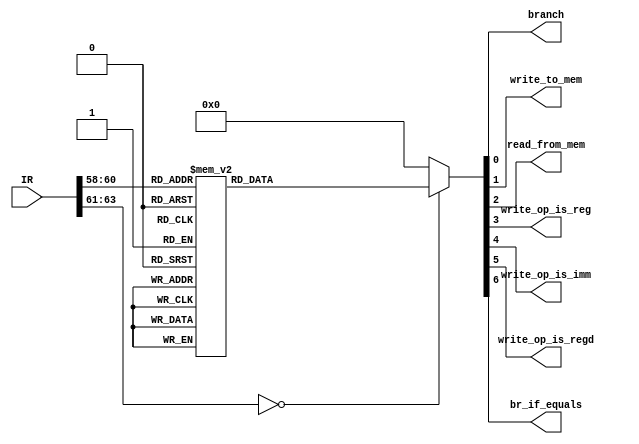
module ALU_decoder_unit ( // ALU Decoder unit. Not entirely complete.
	input wire [63:0] IR,
	output reg branch,
	output reg write_to_mem,
	output reg read_from_mem,
	output reg write_op_is_reg,
	output reg write_op_is_imm,
	output reg write_op_is_regd,
	output reg br_if_equals
);

/*
	Here we go, a overview of the ISA for reference.
	Blank spaces mean irrelavent information for that particular instruction.
	$(#num) = address from #num
	
	Regular   Instruction Format:
	63    58 57     23 22   18 17    12 11     6 5      0
	+-------+---------+-------+--------+--------+--------+
	| ID 6  | Nothing | ALU 5 | REGD 6 | REG1 6 | REG2 6 |
	+-------+---------+-------+--------+--------+--------+
	
	+-------------------------+---------------------+-------------+---------------+---------+---------+---------+
	| Action                  | Assembly            | ID Code (6) | ALU opcode    | "D" Reg | "A" Reg | "B" Reg |
	+-------------------------+---------------------+-------------+---------------+---------+---------+---------+
	| NOP                     | NOP                 |    0x00     |               |         |         |         |
	+-------------------------+---------------------+-------------+---------------+---------+---------+---------+
	| MOV R1 -> R2            | MOV R2, R1          |    0x01     |    0x00       | Ind(R2) | Ind(R1) |         |
	+-------------------------+---------------------+-------------+---------------+---------+---------+---------+
	| MOV R1 -> R2            | MOV R2, R1          |    0x01     |    0x01       | Ind(R2) |         | Ind(R1) |
	+-------------------------+---------------------+-------------+---------------+---------+---------+---------+
	| LD $(R1) -> R2          | LD R2, $(R1)        |    0x02     |    0x00       | Ind(R2) | Ind(R1) |         |
	+-------------------------+---------------------+-------------+---------------+---------+---------+---------+
	| LD $(R1) -> R2          | LD R2, $(R1)        |    0x02     |    0x01       | Ind(R2) |         | Ind(R1) |
	+-------------------------+---------------------+-------------+---------------+---------+---------+---------+
	| STR R1 -> $(R2)         | STR $(R2), R1       |    0x03     |    0x00       | Ind(R2) | Ind(R1) |         |
	+-------------------------+---------------------+-------------+---------------+---------+---------+---------+
	| STR R1 -> $(R2)         | STR $(R2), R1       |    0x03     |    0x01       | Ind(R2) |         | Ind(R1) |
	+-------------------------+---------------------+-------------+---------------+---------+---------+---------+
	| BR $(R1)                | BR $(R1)            |    0x04     |               | Ind(R1) |  0x00   |  0x00   |
	+-------------------------+---------------------+-------------+---------------+---------+---------+---------+
	| BR $(R1) if R2 == R3    | BEQ $(R1), R2, R3   |    0x04     |               | Ind(R1) | Ind(R2) | Ind(R3) |
	+-------------------------+---------------------+-------------+---------------+---------+---------+---------+
	| BR $(R1) if R2 != R3    | BNEQ $(R1), R2, R3  |    0x05     |               | Ind(R1) | Ind(R2) | Ind(R3) |
	+-------------------------+---------------------+-------------+---------------+---------+---------+---------+
	| R1 (func) R2 -> R3      | (func) R3, R1, R2   |    0x06     | CodeFor(func) | Ind(R3) | Ind(R1) | Ind(R2) |
	+-------------------------+---------------------+-------------+---------------+---------+---------+---------+

   Immediate Instruction Format:
   63   58 57   52 51                      4 3     0
   +------+-------+-------------------------+-------+
   | ID 6 | REG 6 |          ADDR           | SHIFT |
   +------+-------+-------------------------+-------+

	The Assembler/Compiler/Human may need to use several immediate/bitshift/logic
	instructions to construct a single Imm. (STR Imm not implemented yet)
	
	+-----------------------------+----------------------+-------------+---------+---------+---------+
	| Action                      | Assembly             | ID Code (6) |   Reg   |   Imm   |  shft   |
	+-----------------------------+----------------------+-------------+---------+---------+---------+
	| LD #(Imm << shft) -> R1     | LD R1, #(RawImm)     |    0x07     | Ind(R1) |   Imm   |  shft   |
	+-----------------------------+----------------------+-------------+---------+---------+---------+
	| STR R1 -> #(Imm << shft)    | STR #(RawImm), R1    |    0x08     | Ind(R1) |   Imm   |  shft   |
	+-----------------------------+----------------------+-------------+---------+---------+---------+
 */

// Start parameter definitions
parameter NOP_CODE  = 6'b000000;
parameter MOV_CODE  = 6'b000001;
parameter LD_CODE   = 6'b000010;
parameter STR_CODE  = 6'b000011;
parameter BEQ_CODE  = 6'b000100;
parameter BNEQ_CODE = 6'b000101;
parameter ALU_CODE  = 6'b000110;
parameter LDI_CODE  = 6'b000111;
parameter STRI_CODE = 6'b001000; // Not implemented
// End parameter definitions

initial begin
	branch           = 1'b0;
	write_to_mem     = 1'b0;
	read_from_mem    = 1'b0;
	write_op_is_reg  = 1'b0;
	write_op_is_imm  = 1'b0;
	write_op_is_regd = 1'b0;
	br_if_equals     = 1'b0;
end

always @(IR[63:58]) begin
	case (IR[63:58])
		NOP_CODE: begin
			branch           <= 1'b0;
			write_to_mem     <= 1'b0;
			read_from_mem    <= 1'b0;
			write_op_is_reg  <= 1'b0;
			write_op_is_imm  <= 1'b0;
			write_op_is_regd <= 1'b0;
			br_if_equals     <= 1'b0;
		end
		MOV_CODE: begin
			branch           <= 1'b0;
			write_to_mem     <= 1'b0;
			read_from_mem    <= 1'b0;
			write_op_is_reg  <= 1'b1;
			write_op_is_imm  <= 1'b0;
			write_op_is_regd <= 1'b0;
			br_if_equals     <= 1'b0;
		end
		LD_CODE: begin
			branch           <= 1'b0;
			write_to_mem     <= 1'b0;
			read_from_mem    <= 1'b1;
			write_op_is_reg  <= 1'b0;
			write_op_is_imm  <= 1'b0;
			write_op_is_regd <= 1'b0;
			br_if_equals     <= 1'b0;
		end
		STR_CODE: begin
			branch           <= 1'b0;
			write_to_mem     <= 1'b1;
			read_from_mem    <= 1'b0;
			write_op_is_reg  <= 1'b1;
			write_op_is_imm  <= 1'b0;
			write_op_is_regd <= 1'b0;
			br_if_equals     <= 1'b0;
		end
		BEQ_CODE: begin
			branch           <= 1'b1;
			write_to_mem     <= 1'b0;
			read_from_mem    <= 1'b0;
			write_op_is_reg  <= 1'b0;
			write_op_is_imm  <= 1'b0;
			write_op_is_regd <= 1'b1;
			br_if_equals     <= 1'b1;
		end
		BNEQ_CODE: begin
			branch           <= 1'b1;
			write_to_mem     <= 1'b0;
			read_from_mem    <= 1'b0;
			write_op_is_reg  <= 1'b0;
			write_op_is_imm  <= 1'b0;
			write_op_is_regd <= 1'b1;
			br_if_equals     <= 1'b0;
		end
		ALU_CODE: begin
			branch           <= 1'b0;
			write_to_mem     <= 1'b0;
			read_from_mem    <= 1'b0;
			write_op_is_reg  <= 1'b1;
			write_op_is_imm  <= 1'b0;
			write_op_is_regd <= 1'b0;
			br_if_equals     <= 1'b0;
		end
		LDI_CODE: begin
			branch           <= 1'b0;
			write_to_mem     <= 1'b0;
			read_from_mem    <= 1'b0;
			write_op_is_reg  <= 1'b0;
			write_op_is_imm  <= 1'b1;
			write_op_is_regd <= 1'b0;
			br_if_equals     <= 1'b0;
		end
		default: begin
			branch           <= 1'b0;
			write_to_mem     <= 1'b0;
			read_from_mem    <= 1'b0;
			write_op_is_reg  <= 1'b0;
			write_op_is_imm  <= 1'b0;
			write_op_is_regd <= 1'b0;
			br_if_equals     <= 1'b0;
		end
	endcase
end

endmodule